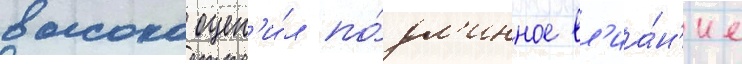
высоко оцен'и́л по́дл'инное вл'иа́н'ие